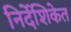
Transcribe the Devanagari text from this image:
निर्देशिकेत